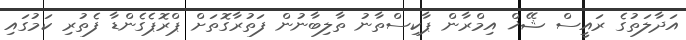
އަދާލަތުގެ ރައީސް ޝޭޚް އިމްރާން ޕާކިސްތާނު ތާލިބާނުން ފަތުރާގޮތަށް ޕްރޮޕެގެންޑާ ފެތުރި ކަމުގައި